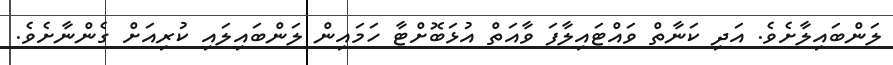
ލަންބައިލާށެވެ. އަދި ކަނާތް ވައްޓައިލާފަ ވާއަތް އުޅަބޮށްޓާ ހަމައިން ލަންބައިލައި ކުރިއަށް ގެންނާށެވެ.